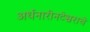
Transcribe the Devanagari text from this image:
अर्धनारीनटेश्वराचे